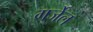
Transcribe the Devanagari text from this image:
गर्जेल